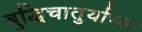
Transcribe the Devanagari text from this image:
बुद्धिचातुर्याच्या